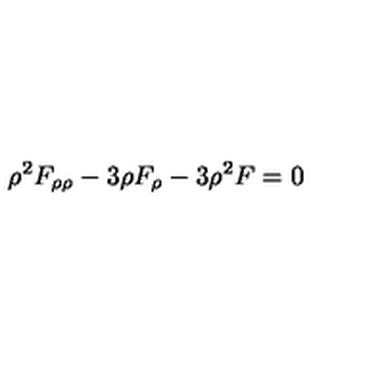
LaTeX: \rho ^ { 2 } F _ { \rho \rho } - 3 \rho F _ { \rho } - 3 \rho ^ { 2 } F = 0